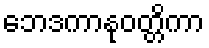
ဘေဒကာနုဝတ္တိကာ